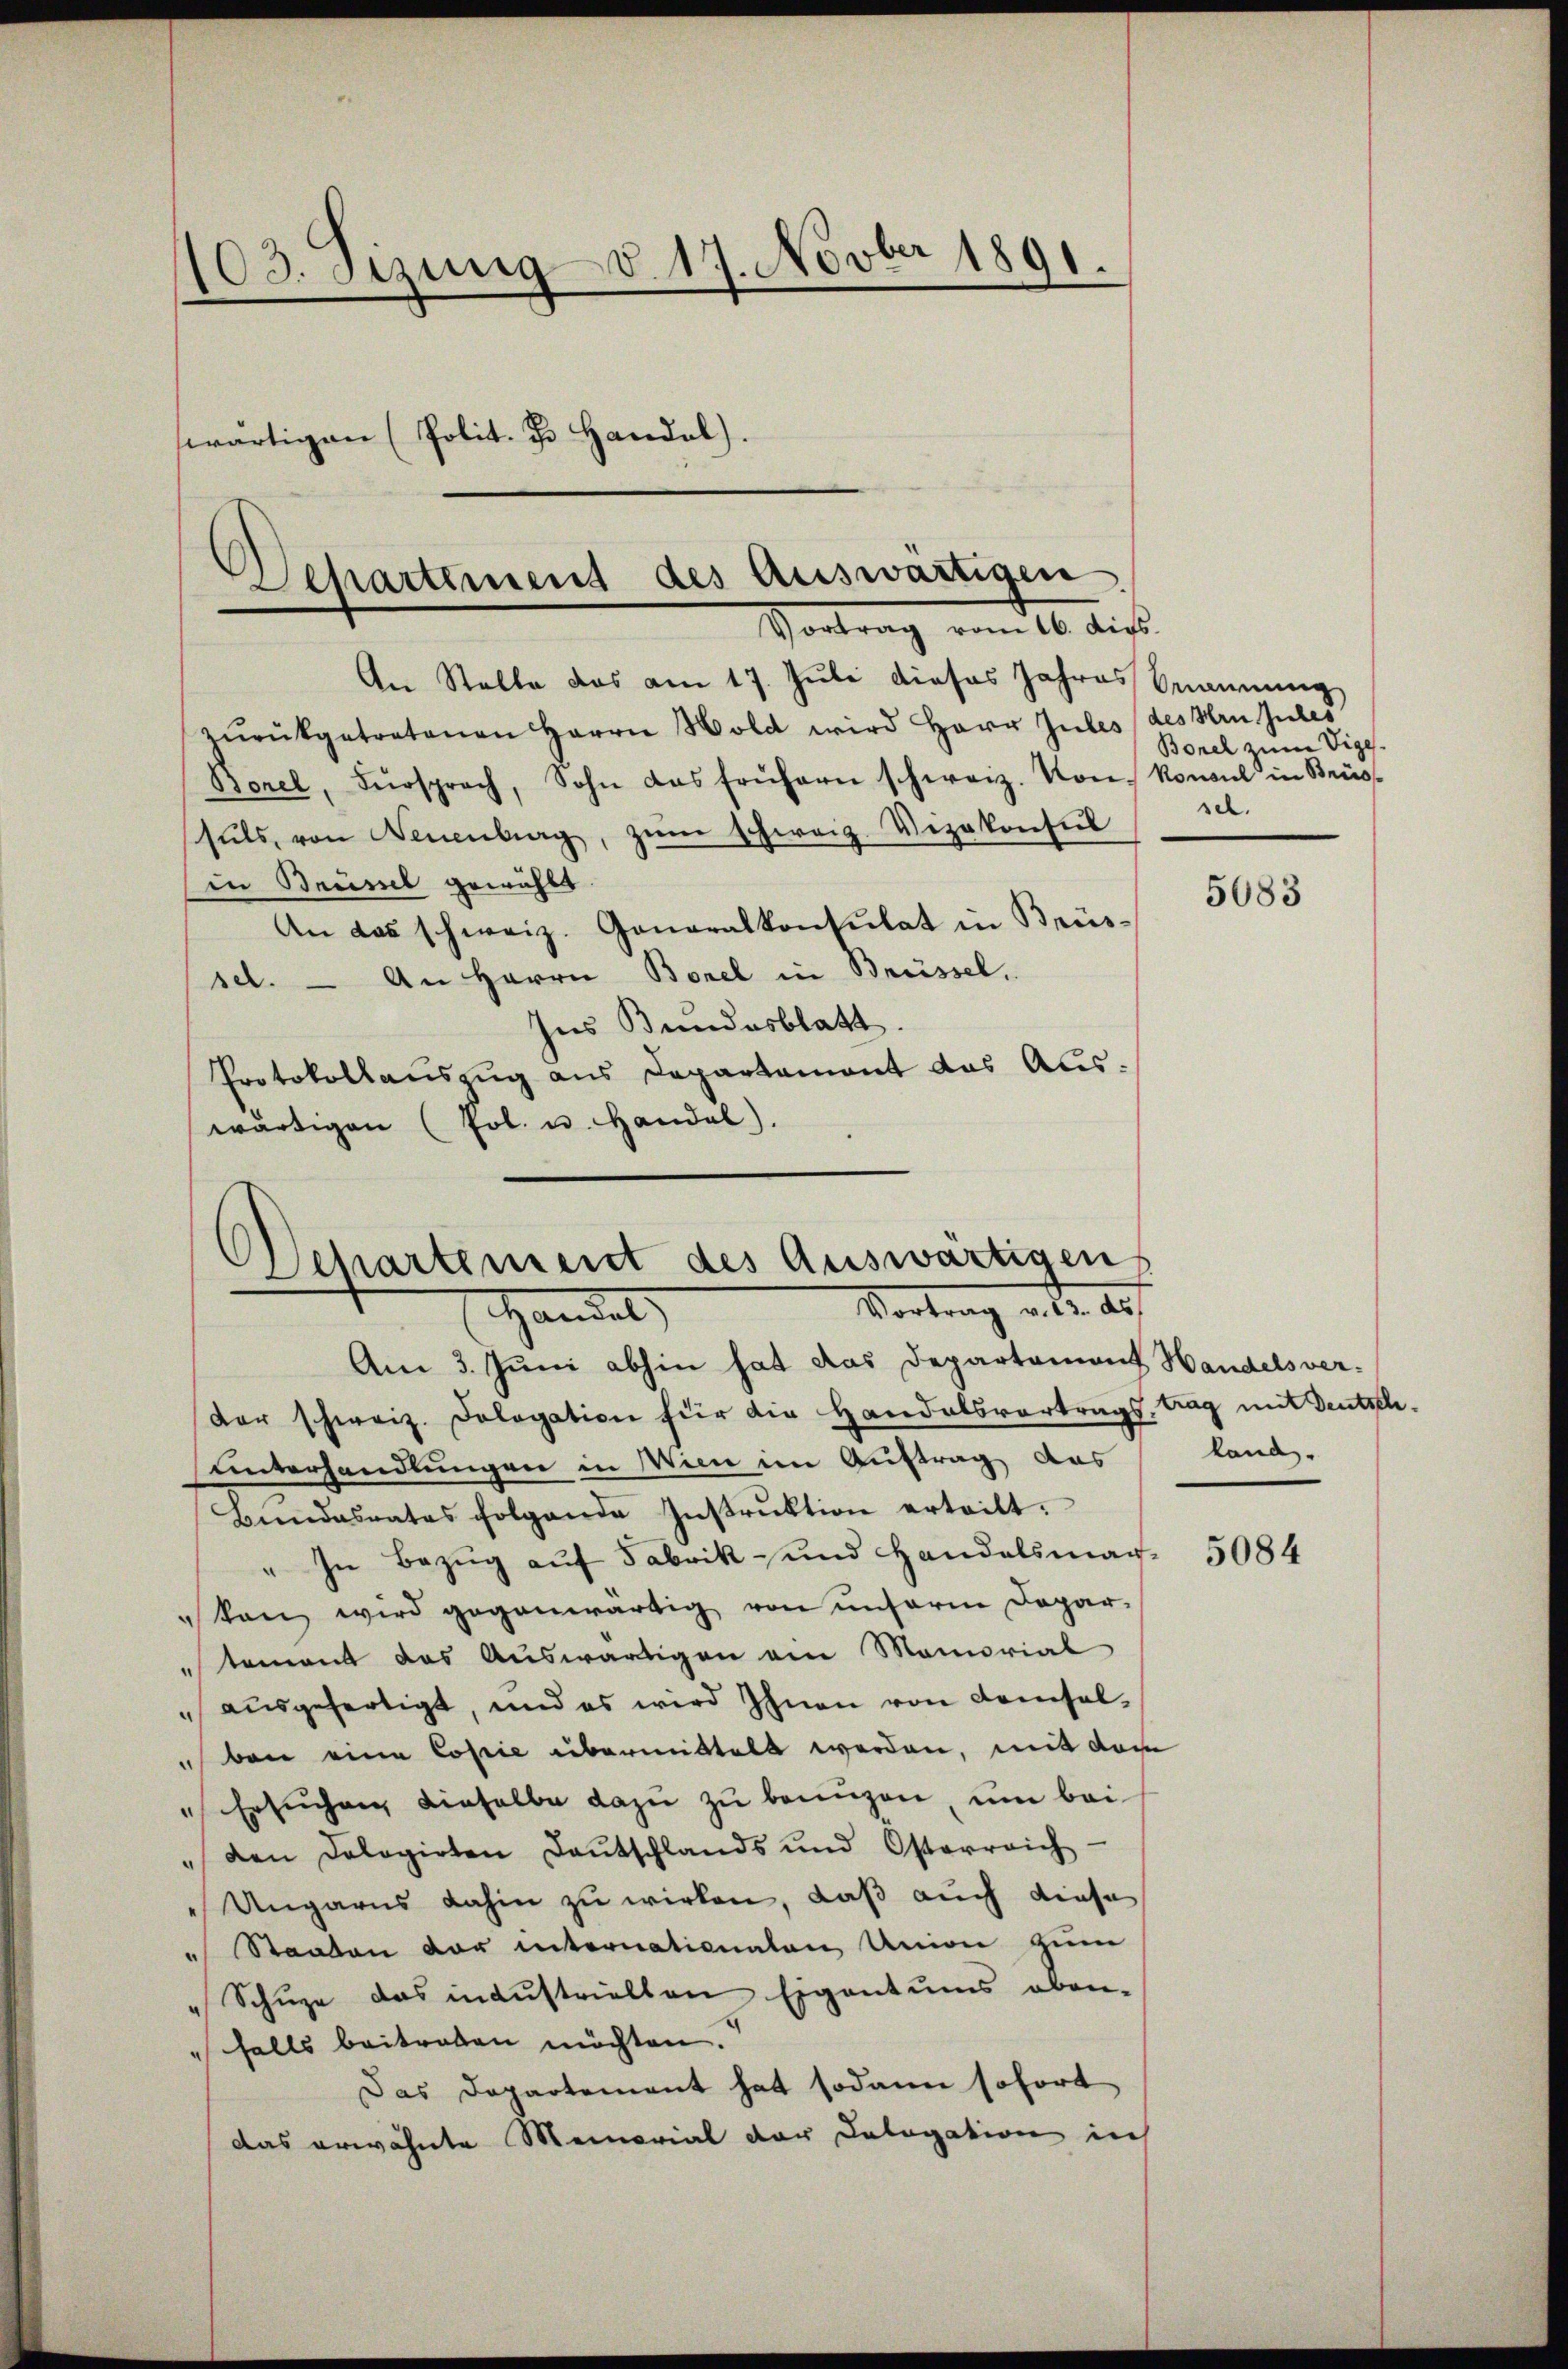
103. Sizung d. 17. Novber 1891.
wärtigen (Polit. J. Handel).

Departement des Auswärtigen
Vortrag vom 16. dies

An Stelle das am 17. Juli dieses Jahres Bannung
zŭrückgetretenen Herrn Wold wird Herr Gubles (des Hrn. Gutes
Borel, Fürsprach, Sohn das frühern schweiz. Von Konsul in Brüs-
sŭls, von Neuenburg, zŭm Schweiz. Vizekonsul
in Baumel gewählt.
An das schweiz. Generalkonsulat in Brüs-
sel. — An Herrn Borel in Brüssel,
Ins Bundesblatt
Protokollauszug aus Departement das Auswärtigen (Pol. u. Handel).

Ochartement des Auswärtigen,
Vortrag v. 2. des
 Handel

Am 3. Juni abhin hat das Departamant Handelsver-
der schweiz. Dologation für die Handelsvortrags, trag mit Deutschunterhandlungen in Wien im Auftrag des
Bundesrates folgende Instrŭktion erteilt.
" In Bezug auf Fabrik- und Handelsmar-
ken wird gegenwärtig von unserm Depar-
tement das Auswärtigen am Momorial
ausgefertigt, und es wird Ihnen von demsel¬
" bei eine Copie übermittelt werden, mit dem
" Ersuchen dieselbe dazu zu benügen, um bei
" den dologirten Baŭtschlands und Osterreich
Ungarns dahin zu wirken, daß auch diese
" Staaten der internationalen Union zum
Schuze das industrielten Eigentums oben-
falls beitreten möchten.
Das Departement hat sodann sofort
das erwähnte Memorial der Cologation in

Borel zum Vige
sel.

5083

land.

5084